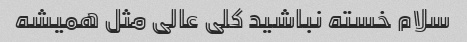
سلام خسته نباشید کلی عالی مثل همیشه